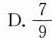
D.\frac{7}{9}